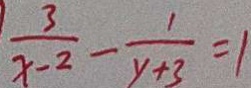
\frac { 3 } { x - 2 } - \frac { 1 } { y + 3 } = 1